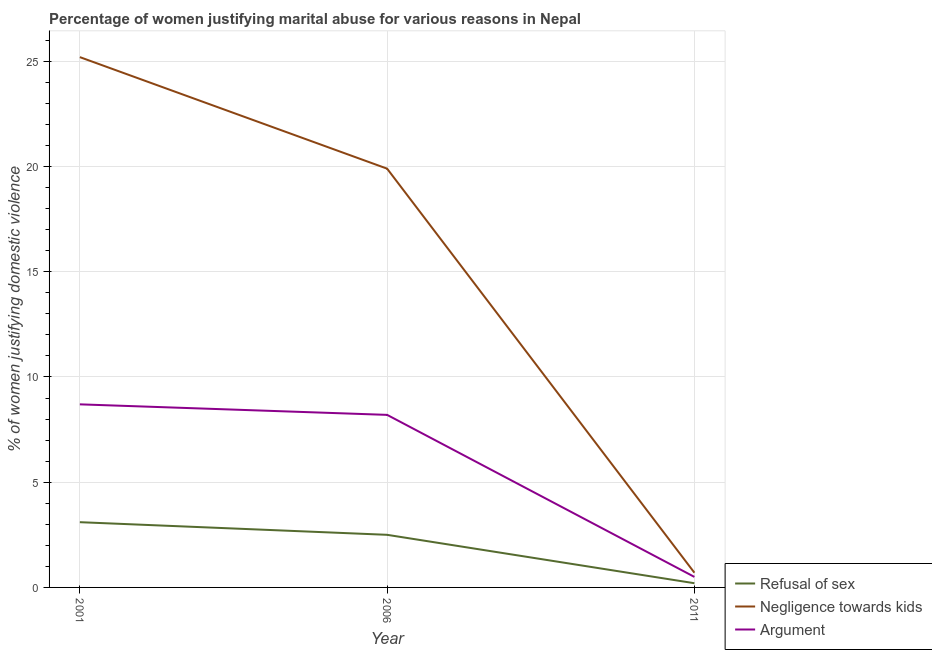
| Year | Refusal of sex | Negligence towards kids | Argument |
 | --- | --- | --- | --- |
 | 2001 | 3.1 | 25.2 | 8.7 |
 | 2006 | 2.5 | 19.9 | 8.2 |
 | 2011 | 0.2 | 0.7 | 0.5 |